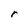
Character: r